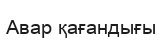
Авар қағандығы